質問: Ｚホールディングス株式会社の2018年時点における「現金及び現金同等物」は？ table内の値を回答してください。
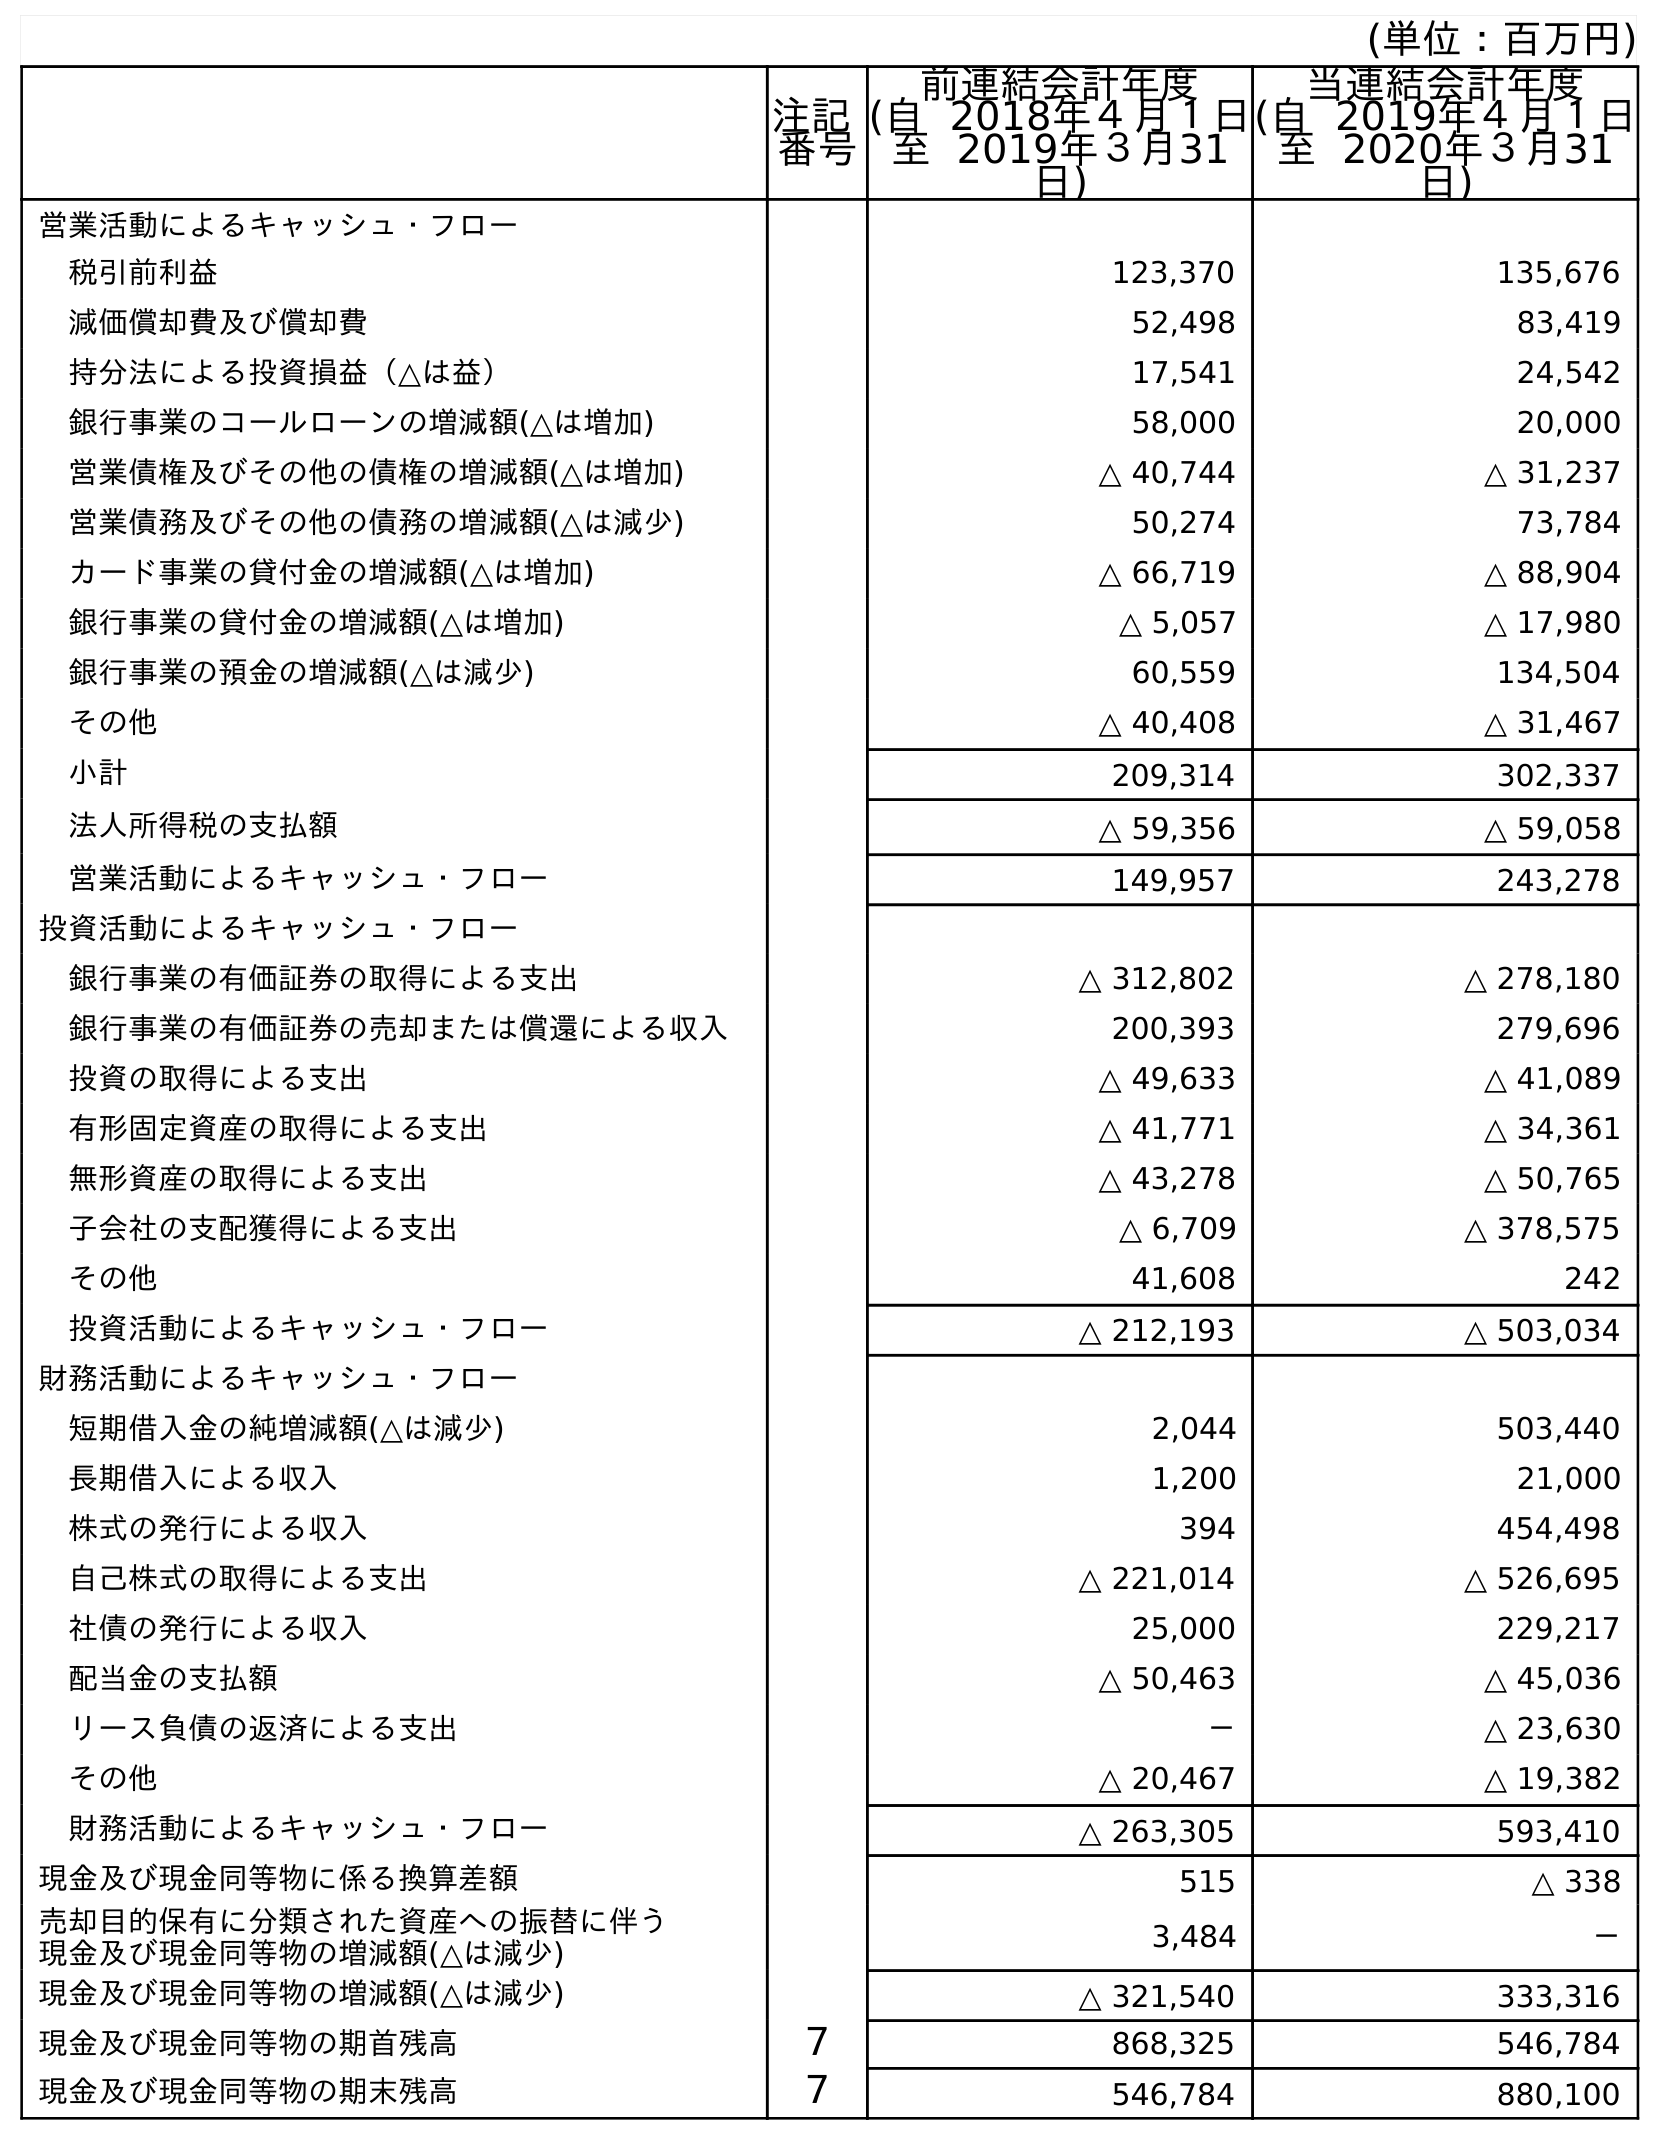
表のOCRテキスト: (単位：百万円) 注記 番号 前連結会計年度 (自 2018年４月１日 至 2019年３月31 日) 当連結会計年度 (自 2019年４月１日 至 2020年３月31 日) 営業活動によるキャッシュ・フロー 税引前利益 123,370 135,676 減価償却費及び償却費 52,498 83,419 持分法による投資損益（△は益） 17,541 24,542 銀行事業のコールローンの増減額(△は増加) 58,000 20,000 営業債権及びその他の債権の増減額(△は増加) △ 40,744 △ 31,237 営業債務及びその他の債務の増減額(△は減少) 50,274 73,784 カード事業の貸付金の増減額(△は増加) △ 66,719 △ 88,904 銀行事業の貸付金の増減額(△は増加) △ 5,057 △ 17,980 銀行事業の預金の増減額(△は減少) 60,559 134,504 その他 △ 40,408 △ 31,467 小計 209,314 302,337 法人所得税の支払額 △ 59,356 △ 59,058 営業活動によるキャッシュ・フロー 149,957 243,278 投資活動によるキャッシュ・フロー 銀行事業の有価証券の取得による支出 △ 312,802 △ 278,180 銀行事業の有価証券の売却または償還による収入 200,393 279,696 投資の取得による支出 △ 49,633 △ 41,089 有形固定資産の取得による支出 △ 41,771 △ 34,361 無形資産の取得による支出 △ 43,278 △ 50,765 子会社の支配獲得による支出 △ 6,709 △ 378,575 その他 41,608 242 投資活動によるキャッシュ・フロー △ 212,193 △ 503,034 財務活動によるキャッシュ・フロー 短期借入金の純増減額(△は減少) 2,044 503,440 長期借入による収入 1,200 21,000 株式の発行による収入 394 454,498 自己株式の取得による支出 △ 221,014 △ 526,695 社債の発行による収入 25,000 229,217 配当金の支払額 △ 50,463 △ 45,036 リース負債の返済による支出 － △ 23,630 その他 △ 20,467 △ 19,382 財務活動によるキャッシュ・フロー △ 263,305 593,410 現金及び現金同等物に係る換算差額 515 △ 338 売却目的保有に分類された資産への振替に伴う 現金及び現金同等物の増減額(△は減少) 3,484 － 現金及び現金同等物の増減額(△は減少) △ 321,540 333,316 現金及び現金同等物の期首残高 ７ 868,325 546,784 現金及び現金同等物の期末残高 ７ 546,784 880,100
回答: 868,325